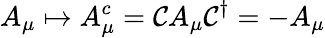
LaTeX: A_{\mu}\mapsto A_{\mu}^{c}={\mathcal{C}}A_{\mu}{\mathcal{C}}^{\dagger}=-A_{\mu}